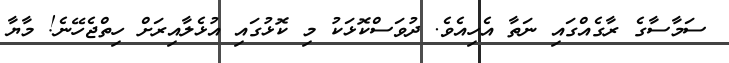
ސަމާސާގެ ރާގެއްގައި ނަތާ އެހިއެވެ. ދުވަސްކޮޅަކު މި ކޮޅުގައި އުޅެލާއިރަށް ހިތްޖެހޭނެ! މާޔާ